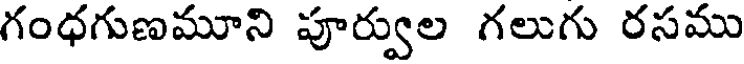
గంధగుణమూని పూర్వుల గలుగు రసము